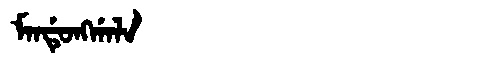
Manchu: ᠮᠠᠨᡩᡠᠩᡤᠠᠯᠠ
Romanization: MANDUNGGALA